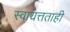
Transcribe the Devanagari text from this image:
स्वायत्तताही